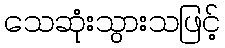
သေဆုံးသွားသဖြင့်